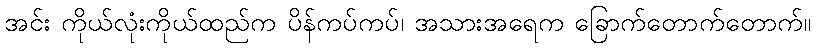
အင်း ကိုယ်လုံးကိုယ်ထည်က ပိန်ကပ်ကပ်၊ အသားအရေက ခြောက်တောက်တောက်။